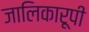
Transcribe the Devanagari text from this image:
जालिकारूपी